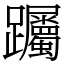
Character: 䠱